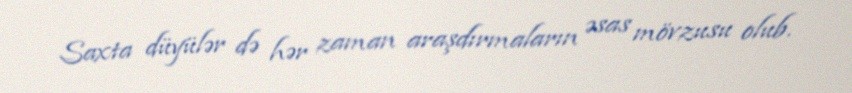
Saxta düyülər də hər zaman araşdırmaların əsas mövzusu olub.